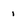
Character: 1